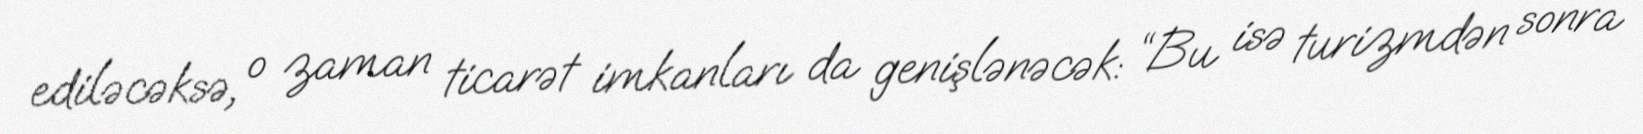
ediləcəksə, o zaman ticarət imkanları da genişlənəcək: “Bu isə turizmdən sonra